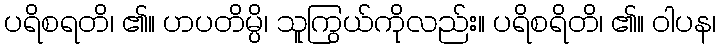
ပရိစရတိ၊ ၏။ ဟပတိမ္ပိ၊ သူကြွယ်ကိုလည်း။ ပရိစရိတိ၊ ၏။ ဝါပန၊